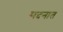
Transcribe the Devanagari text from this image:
सदनात